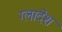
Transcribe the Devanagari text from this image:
ग्लादेश